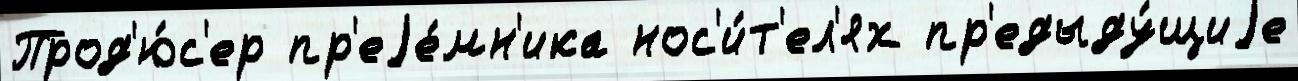
Прод'ю́с'ер пр'еjе́мн'ика нос'и́т'ел'ях пр'едыду́щиjе